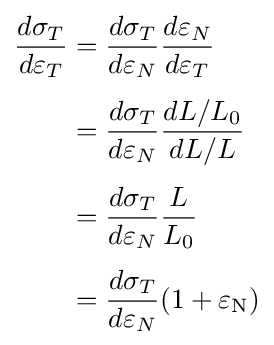
{\begin{aligned}{\frac {d\sigma _{T}}{d\varepsilon _{T}}}&={\frac {d\sigma _{T}}{d\varepsilon _{N}}}{\frac {d\varepsilon _{N}}{d\varepsilon _{T}}}\\[4pt]&={\frac {d\sigma _{T}}{d\varepsilon _{N}}}{\frac {dL/L_{0}}{dL/L}}\\[4pt]&={\frac {d\sigma _{T}}{d\varepsilon _{N}}}{\frac {L}{L_{0}}}\\[4pt]&={\frac {d\sigma _{T}}{d\varepsilon _{N}}}(1+\varepsilon _{\mathrm {N} })\end{aligned}}